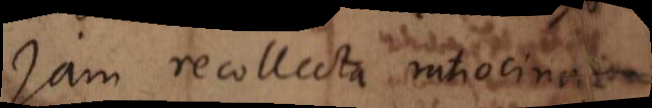
Jam recollecta ratiocinatione